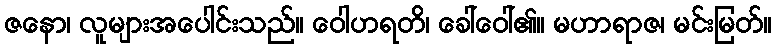
ဇနော၊ လူများအပေါင်းသည်။ ဝေါဟရတိ၊ ခေါ်ဝေါ်၏။ မဟာရာဇ၊ မင်းမြတ်။